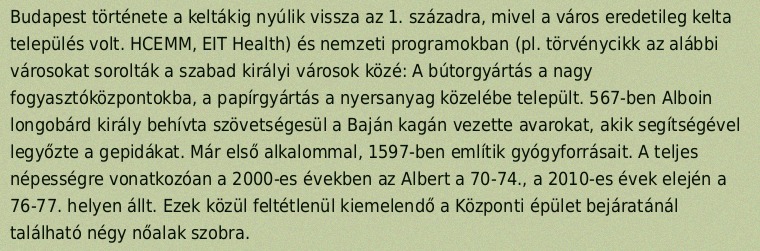
Budapest története a keltákig nyúlik vissza az 1. századra, mivel a város eredetileg kelta település volt. HCEMM, EIT Health) és nemzeti programokban (pl. törvénycikk az alábbi városokat sorolták a szabad királyi városok közé: A bútorgyártás a nagy fogyasztóközpontokba, a papírgyártás a nyersanyag közelébe települt. 567-ben Alboin longobárd király behívta szövetségesül a Baján kagán vezette avarokat, akik segítségével legyőzte a gepidákat. Már első alkalommal, 1597-ben említik gyógyforrásait. A teljes népességre vonatkozóan a 2000-es években az Albert a 70-74., a 2010-es évek elején a 76-77. helyen állt. Ezek közül feltétlenül kiemelendő a Központi épület bejáratánál található négy nőalak szobra.